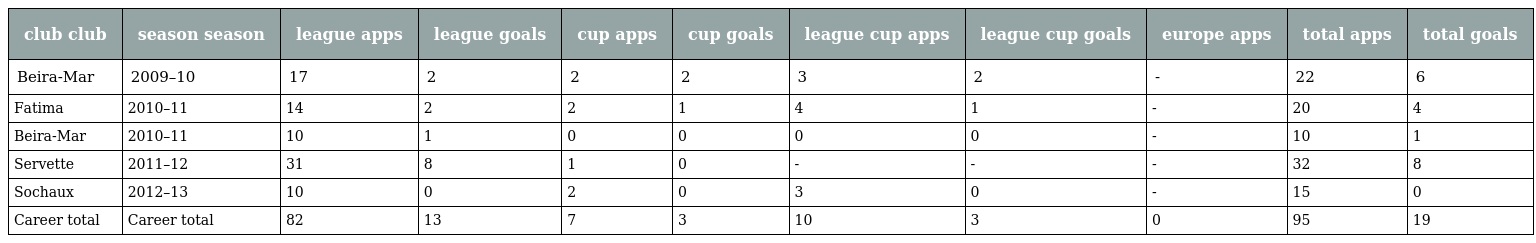
| club club | season season | league apps | league goals | cup apps | cup goals | league cup apps | league cup goals | europe apps | total apps | total goals |
 | --- | --- | --- | --- | --- | --- | --- | --- | --- | --- | --- |
 | Beira-Mar | 2009–10 | 17 | 2 | 2 | 2 | 3 | 2 | - | 22 | 6 |
 | Fatima | 2010–11 | 14 | 2 | 2 | 1 | 4 | 1 | - | 20 | 4 |
 | Beira-Mar | 2010–11 | 10 | 1 | 0 | 0 | 0 | 0 | - | 10 | 1 |
 | Servette | 2011–12 | 31 | 8 | 1 | 0 | - | - | - | 32 | 8 |
 | Sochaux | 2012–13 | 10 | 0 | 2 | 0 | 3 | 0 | - | 15 | 0 |
 | Career total | Career total | 82 | 13 | 7 | 3 | 10 | 3 | 0 | 95 | 19 |